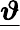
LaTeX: \underline{{\boldsymbol{\vartheta}}}